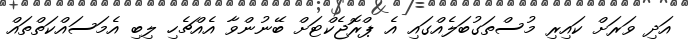
އަދި ވަރަށް ކައިރި މުސްތަގުބަލެއްގައި އެ ޕްރޮޖެކްޓަށް ބޭނުންވާ އެއްޗެހި ލިބި އެމަސައްކަތްތައް